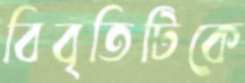
বিবৃতিটিকে